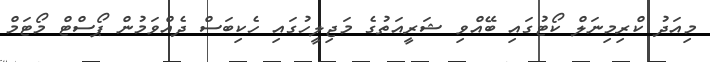
މިއަދު ކްރިމިނަލް ކޯޓުގައި ބޭއްވި ޝަރީއަތުގެ މަޖިލީހުގައި ހެކިބަސް ދެއްވަމުން ޕޯސްޓް މޯޓަމް